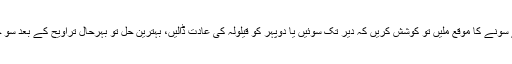
دیر سے سونے کا موقع ملیں تو کوشش کریں کہ دیر تک سوئیں یا دوپہر کو قیلولہ کی عادت ڈالیں، بہترین حل تو بہرحال تراویح کے بعد سو جانا ہے۔